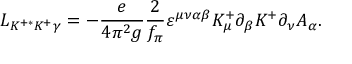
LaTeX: { \cal L } _ { K ^ { + * } K ^ { + } \gamma } = - \frac { e } { 4 \pi ^ { 2 } g } { \frac { 2 } { f _ { \pi } } } \varepsilon ^ { \mu \nu \alpha \beta } K _ { \mu } ^ { + } \partial _ { \beta } K ^ { + } \partial _ { \nu } A _ { \alpha } .